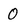
Character: 0